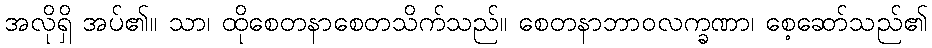
အလိုရှိ အပ်၏။ သာ၊ ထိုစေတနာစေတသိက်သည်။ စေတနာဘာဝလက္ခဏာ၊ စေ့ဆော်သည်၏